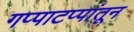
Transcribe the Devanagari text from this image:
गप्पाटप्पांतून